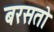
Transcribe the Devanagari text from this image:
बरसतो